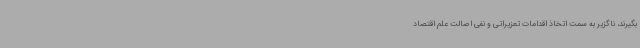
بگیرند، ناگزیر به سمت اتخاذ اقدامات تعزیراتی و نفی اصالت علم اقتصاد